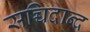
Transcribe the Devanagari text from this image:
सच्चिदान्द